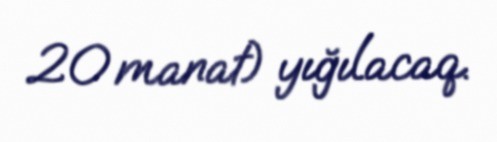
20 manat) yığılacaq.